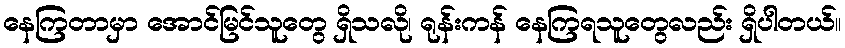
နေကြတာမှာ အောင်မြင်သူတွေ ရှိသလို၊ ရုန်းကန် နေကြရသူတွေလည်း ရှိပါတယ်။